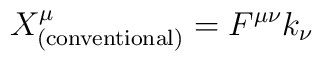
X^{\mu}_{\rm (conventional)} = F^{\mu\nu}k_{\nu}